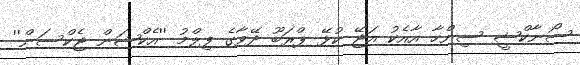
ސޯނާކްޝީ ސިންހާ އާއެކު އަޖޭ ކުޅޭ ޕްރަބޫ ދޭވާގެ ފިލްމު ''އެކްޝަން ޖެކްސަން''